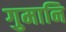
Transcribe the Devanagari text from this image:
गुमानि